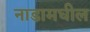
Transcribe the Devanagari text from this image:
नाडामघील